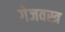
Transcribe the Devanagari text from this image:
गेजवस्त्र